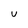
Character: U